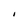
Character: I